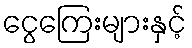
ငွေကြေးများနှင့်